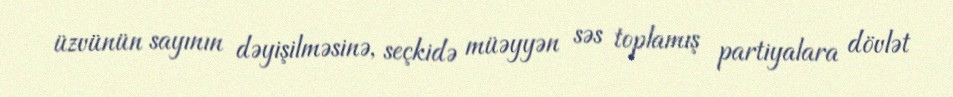
üzvünün sayının dəyişilməsinə, seçkidə müəyyən səs toplamış partiyalara dövlət